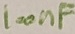
Text: 100nF